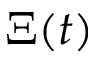
\Xi ( t )